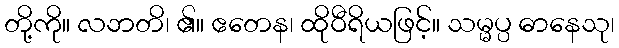
တို့ကို။ လဘတိ၊ ၏။ ဧတေန၊ ထိုဝီရိယဖြင့်။ သမ္မပ္ပ ဓာနေသု၊